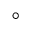
^ \circ